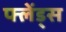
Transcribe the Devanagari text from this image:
फ्लेंड्स